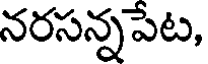
నరసన్నపేట,